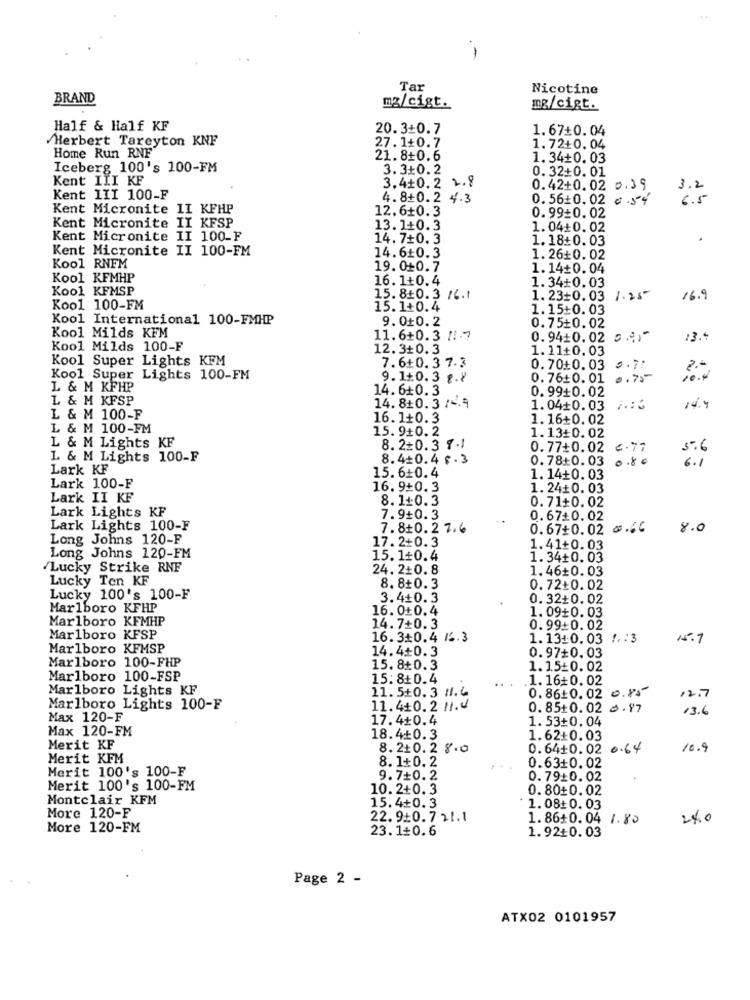
.-
Tar
Nicotine
BRAND
mg/cigt.
mg/cigt.
Half & Half KF
20.3+0.7
1.67+0.04
Herbert Tareyton KNF
Home Run RNF
27.1+0.7
1.72+0.04
21.8+0.6
1.34+0.03
Iceberg 100's 100-FM
3.3+0.2
Kent III KF
0. 32+0.01
3.4+0.2 2.9
0.42+0.02 0.39.
3.2
Kent III 100-F
4.8+0.2 4.3
0.56+0.02 0 .54
6.5
Kent Micronite II KFHP
12.6+0.3
0.99+0.02
Kent Micronite II KFSP
13.1+0.3
1.04+0.02
Kent Micronite II 100-F
14.7+0.3
1.18:0.03
.
Kent Micronite II 100-FM
14.6+0.3
1.26+0.02
Kool RNFM
19.0+0.7
1.14+0.04
Kool KFMHP
16.1+0.4
Kool KFMSP
1.34+0.03
15.8+0.3 /6.t
1.23+0.03 1.25
16.9
Kool 100-FM
15.1+0.4
1.15+0.03
Kool International 100-FMHP
9.0+0.2
Kool Milds KFM
0.75+0.02
11.6+0.3 /1.7
0.94+0.02 5 .;. "
13.
Kool Milds 100-F
12.3+0.3
1.11+0.03
Kool Super Lights KFM
7.6+0.37.3
0.70+0.03
0.71
Kool Super Lights 100-FM
9. 1+0. 3 g.8
0.76+0.01
0.75
L & M KFHP
14.6+0.3
0.99+0.02
L & M KFSP
14.8+0.3 /4.9
1.04+0.03
L & M 100-F
16.1+0.3
1.16+0.02
L & M 100-FM
15. 9+0.2
L & M Lights KF
1.13+0.02
8. 2+0.3 7.1
0.77+0.02 6 .77
5.6
L & M Lights 100-F
8.4+0.4 8. 3
0.78+0.03
0.80
6 .1
Lark KF
15.6+0.4
1. 14+0.03
Lark 100-F
16.9+0.3
1.24+0. 03
Lark II KF
8.1+0.3
0.71+0.02
Lark Lights KF
7.9+0.3
0.67+0.02
Lark Lights 100-F
7.8+0.27.6
0.67+0.02 .4℃
8.0
Long Johns 120-F
17.2+0.3
1.41+0.03
Long Johns 120-FM
15. 1+0.4
1.34+0.03
/Lucky Strike RNF
24.2+0.8
1.46+0.03
Lucky Ten KF
8.8+0.3
0.72+0.02
Lucky 100's 100-F
3.4+0.3
0.32+0.02
Marlboro KFHP
16.0+0.4
1.09+0.03
Marlboro KFMHP
14.7+0.3
0.99:0.02
Marlboro KFSP
16. 3+0.4 16.3
1.13+0.03 1 .: 3
15.9
Marlboro KFMSP
14.4+0.3
0.97+0.03
Marlboro 100-FHP
15.8+0.3
1.15+0.02
Marlboro 100-FSP
15:8+0.4
1.16+0.02
Marlboro Lights KF
11.5+0.3 H.6
12.7
0.86+0.02 0.85
Marlboro Lights 100-F
11.4+0.2 11.4
0.85+0.02 .97
13.6
Max 120-F
17.4+0.4
1.53+0.04
Max 120-FM
18.4+0.3
1.62+0.03
Merit KF
8.210.2 8.0
0.64+0.02 0.64
16.9
Merit KFM
8. 1+0.2
0.63+0.02
Merit 100's 100-F
9.7+0.2
0.79+0.02
Merit 100's 100-FM
10.2+0.3
0.80+0.02
Montclair KFM
More 120-F
15.4+0.3
* 1.08+0. 03
22.920.7 21.1
1.86+0.04 1.80
24.0
More 120-FM
23.1+0.6
1.92+0.03
Page 2 -
ATX02 0101957